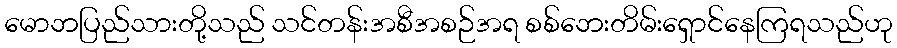
မောဘပြည်သားတို့သည် သင်တန်းအစီအစဉ်အရ စစ်ဘေးတိမ်းရှောင်နေကြရသည်ဟု